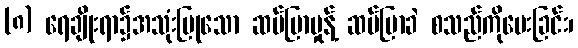
(၈) ရေချိုးရာ၌အသုံးပြုသော ဆပ်ပြာမှုန့် ဆပ်ပြာခဲ စသည်ကိုပေးခြင်း၊